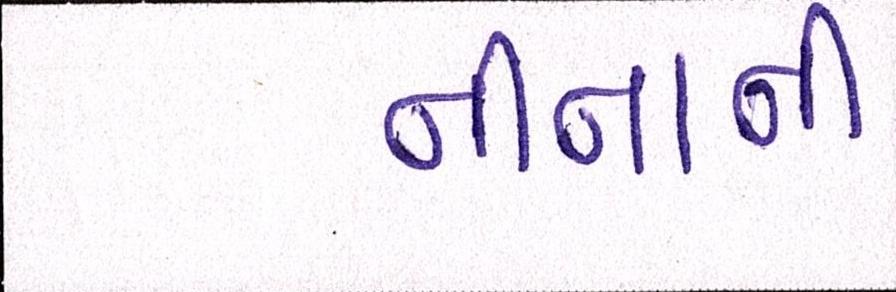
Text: નીનાની